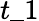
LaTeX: t\_ 1